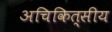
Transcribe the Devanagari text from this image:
अचिकित्सीय